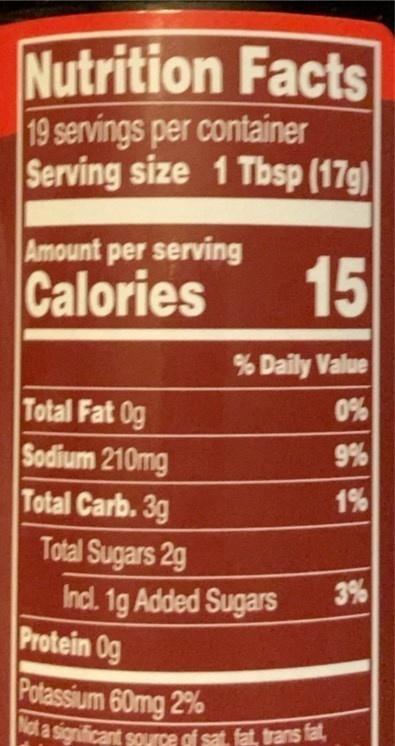
Not a significant source of sat, fat, trans fat,
Nutrition Facts
19 servings per container Serving size 1 Tbsp (17g)
Amount per serving
Calories
15
% Daily Value
0% 9%
Total Fat 0g Sodium 210mg Total Carb. 3g Total Sugars 2g Incl. 1g Added Sugars Protein 0g
1%
3%
Potassium 60mg 2%
ofa significant souurce of sat, fat, trans fal,